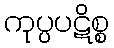
ကုပ္ပပဋိစ္စ